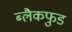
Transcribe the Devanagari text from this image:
ब्लैकफुड